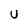
Character: U